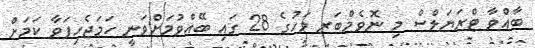
ބާއްވާ ޓްރަޔަލްސް މި ނޮވެމްބަރ މަހުގެ 28 ގައި ބޭއްވުމަށްވަނީ ހަމަޖެހިފަވާ ކަމަށް